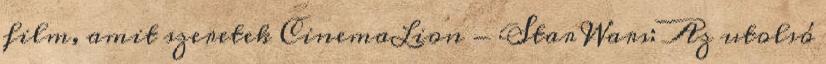
film, amit szeretek CinemaLion - Star Wars: Az utolsó